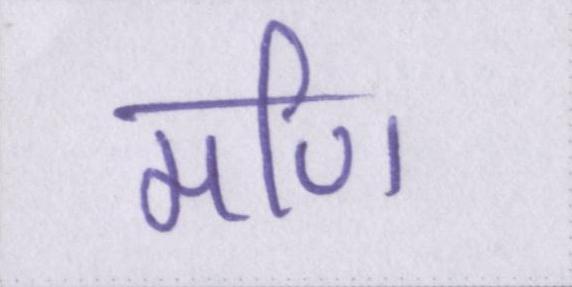
मणि